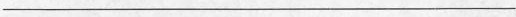
___